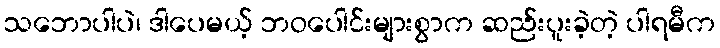
သဘောပါပဲ၊ ဒါပေမယ့် ဘဝပေါင်းများစွာက ဆည်းပူးခဲ့တဲ့ ပါရမီက